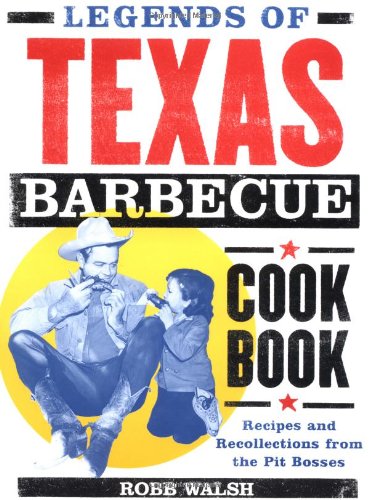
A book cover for Legends of Texas Barbecue Cookbook: Recipes and Recollections from the Pit Bosses; Robb Walsh; Cookbooks, Food & Wine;